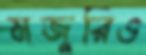
মজুরিও